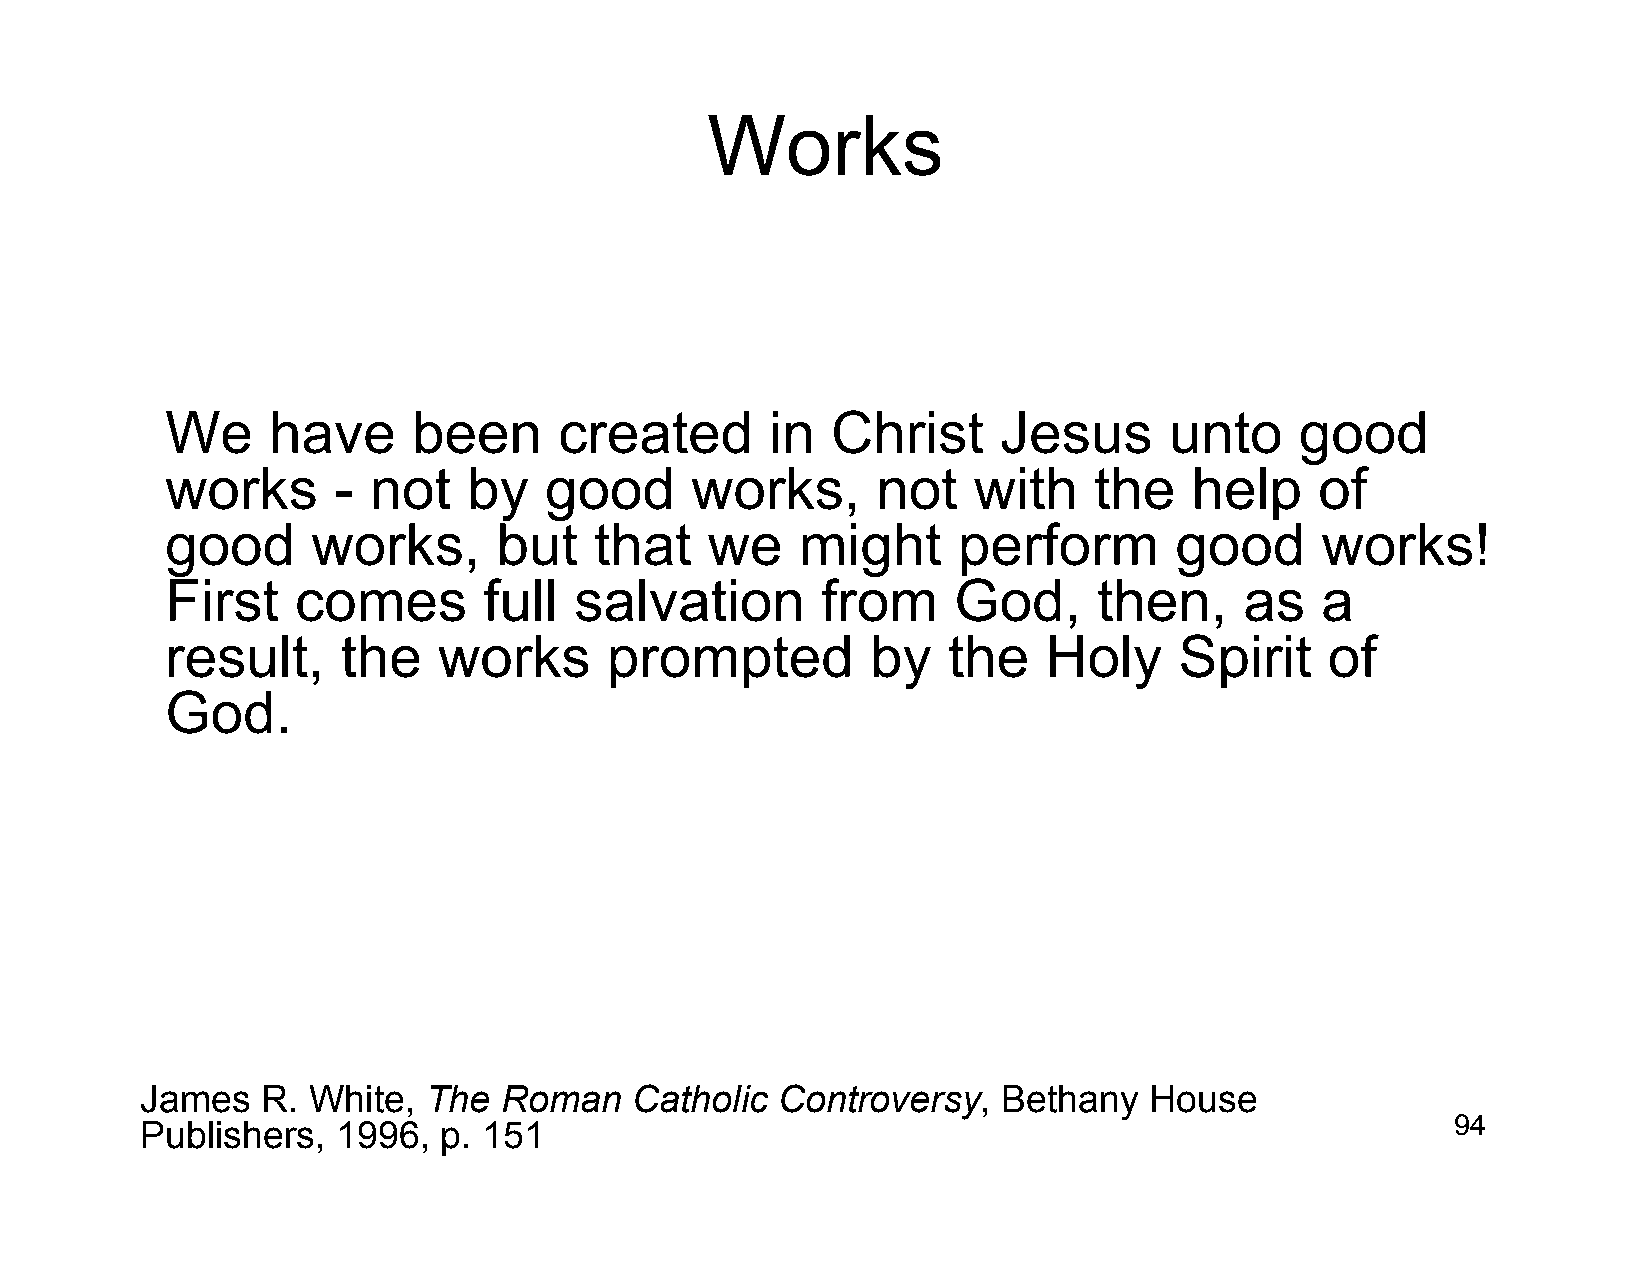
Works
 We     have     been      created       in  Christ     Jesus      unto     good
 works      - not    by   good      works,      not   with    the    help    of
 good      works,      but   that    we    might     perform        good     works!
 First    comes       full  salvation       from     God,      then,    as   a
 result,     the   works      prompted          by   the   Holy     Spirit    of
 God.
 James   R. White,  The  Roman    Catholic Controversy,   Bethany   House
 Publishers,  1996,  p. 151                                                             94